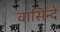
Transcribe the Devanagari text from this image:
वासिन्दे